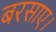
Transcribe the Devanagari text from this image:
बरसाए।